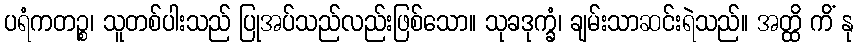
ပရံကတဉ္စ၊ သူတစ်ပါးသည် ပြုအပ်သည်လည်းဖြစ်သော။ သုခဒုက္ခံ၊ ချမ်းသာဆင်းရဲသည်။ အတ္ထိ ကိံ နု